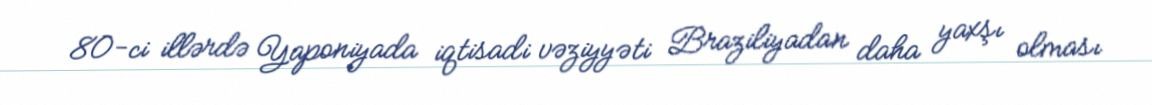
80-ci illərdə Yaponiyada iqtisadi vəziyyəti Braziliyadan daha yaxşı olması